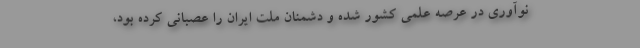
نوآوری در عرصه علمی کشور شده و دشمنان ملت ایران را عصبانی کرده بود،